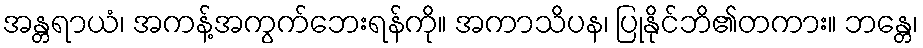
အန္တရာယံ၊ အကန့်အကွက်ဘေးရန်ကို။ အကာသိပန၊ ပြုနိုင်ဘိ၏တကား။ ဘန္တေ၊